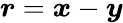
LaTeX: \boldsymbol{r}=\boldsymbol{x}-\boldsymbol{y}